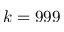
k = 9 9 9